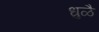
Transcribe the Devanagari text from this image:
धुळै